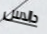
دالاس